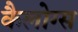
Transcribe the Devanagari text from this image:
कैलोग्स